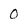
Character: 0